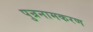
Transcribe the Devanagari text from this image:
पुन्रनामकरण